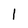
Character: 1